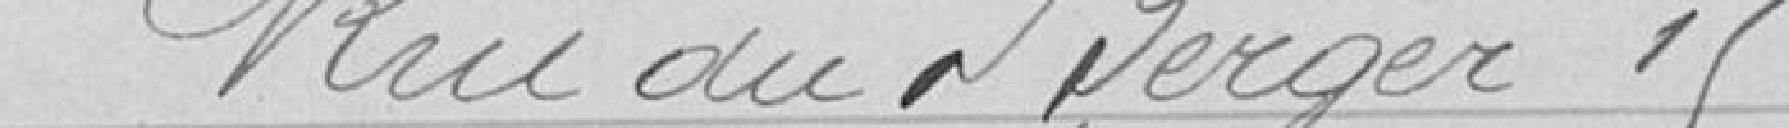
Rue du Berger 15